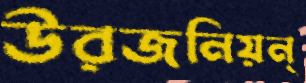
উরজনিয়ন্